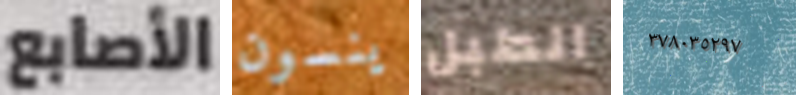
الأصابع ينسون الطبل ٣٧٨٠٣٥٢٩٧